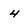
Character: 4